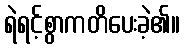
ရဲရင့်စွာကတိပေးခဲ့၏။